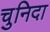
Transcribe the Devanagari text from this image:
चुनिदा